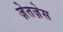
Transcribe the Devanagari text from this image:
ज़ेतज़ेस